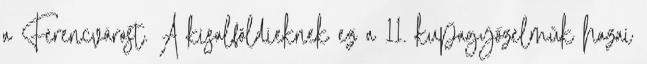
a Ferencvárost. A kisalföldieknek ez a 11. kupagyőzelmük hazai